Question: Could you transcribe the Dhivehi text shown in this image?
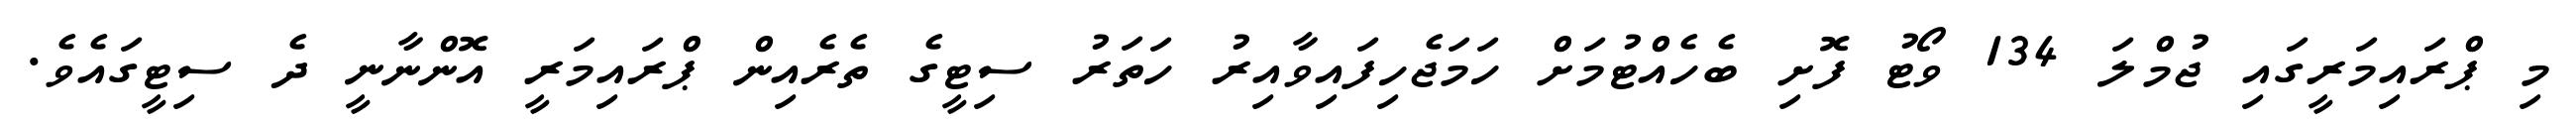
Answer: މި ޕްރައިމަރީގައި ޖުމްލަ 134 ވޯޓު ފޮށި ބެހެއްޓުމަށް ހަމަޖެހިފައިވާއިރު ހަތަރު ސިޓީގެ ތެރެއިން ޕްރައިމަރީ އޮންނާނީ ދެ ސިޓީގައެވެ.